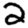
Digit: 2